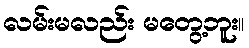
လမ်းမလည်း မတွေ့ဘူး။